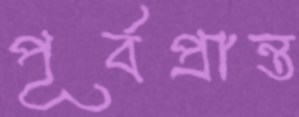
পূর্বপ্রান্ত